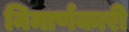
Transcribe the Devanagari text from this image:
निमार्णकारी